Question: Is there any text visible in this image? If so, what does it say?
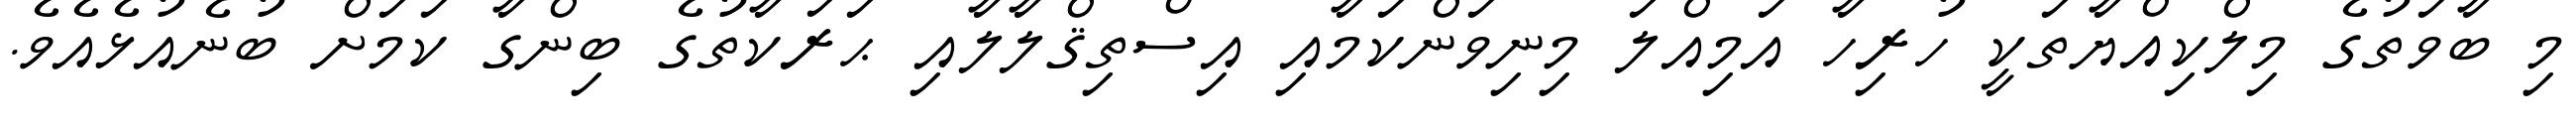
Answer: މި ބާވަތުގެ މިލްކިއްޔާތަކީ ހުރިހާ އަމިއްލަ މިނިވަންކަމާއި އިސްތިޤްލާލާއި ޙަރަކާތުގެ ބިންގާ ކަމަށް ބުނެއުޅެއެވެ.